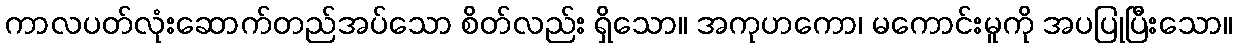
ကာလပတ်လုံးဆောက်တည်အပ်သော စိတ်လည်း ရှိသော။ အကုဟကော၊ မကောင်းမူကို အပပြုပြီးသော။